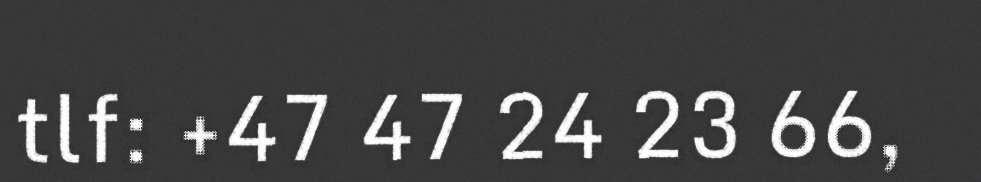
tlf: +47 47 24 23 66,